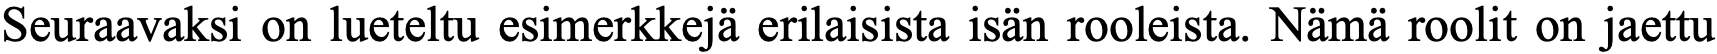
Seuraavaksi on lueteltu esimerkkejä erilaisista isän rooleista. Nämä roolit on jaettu